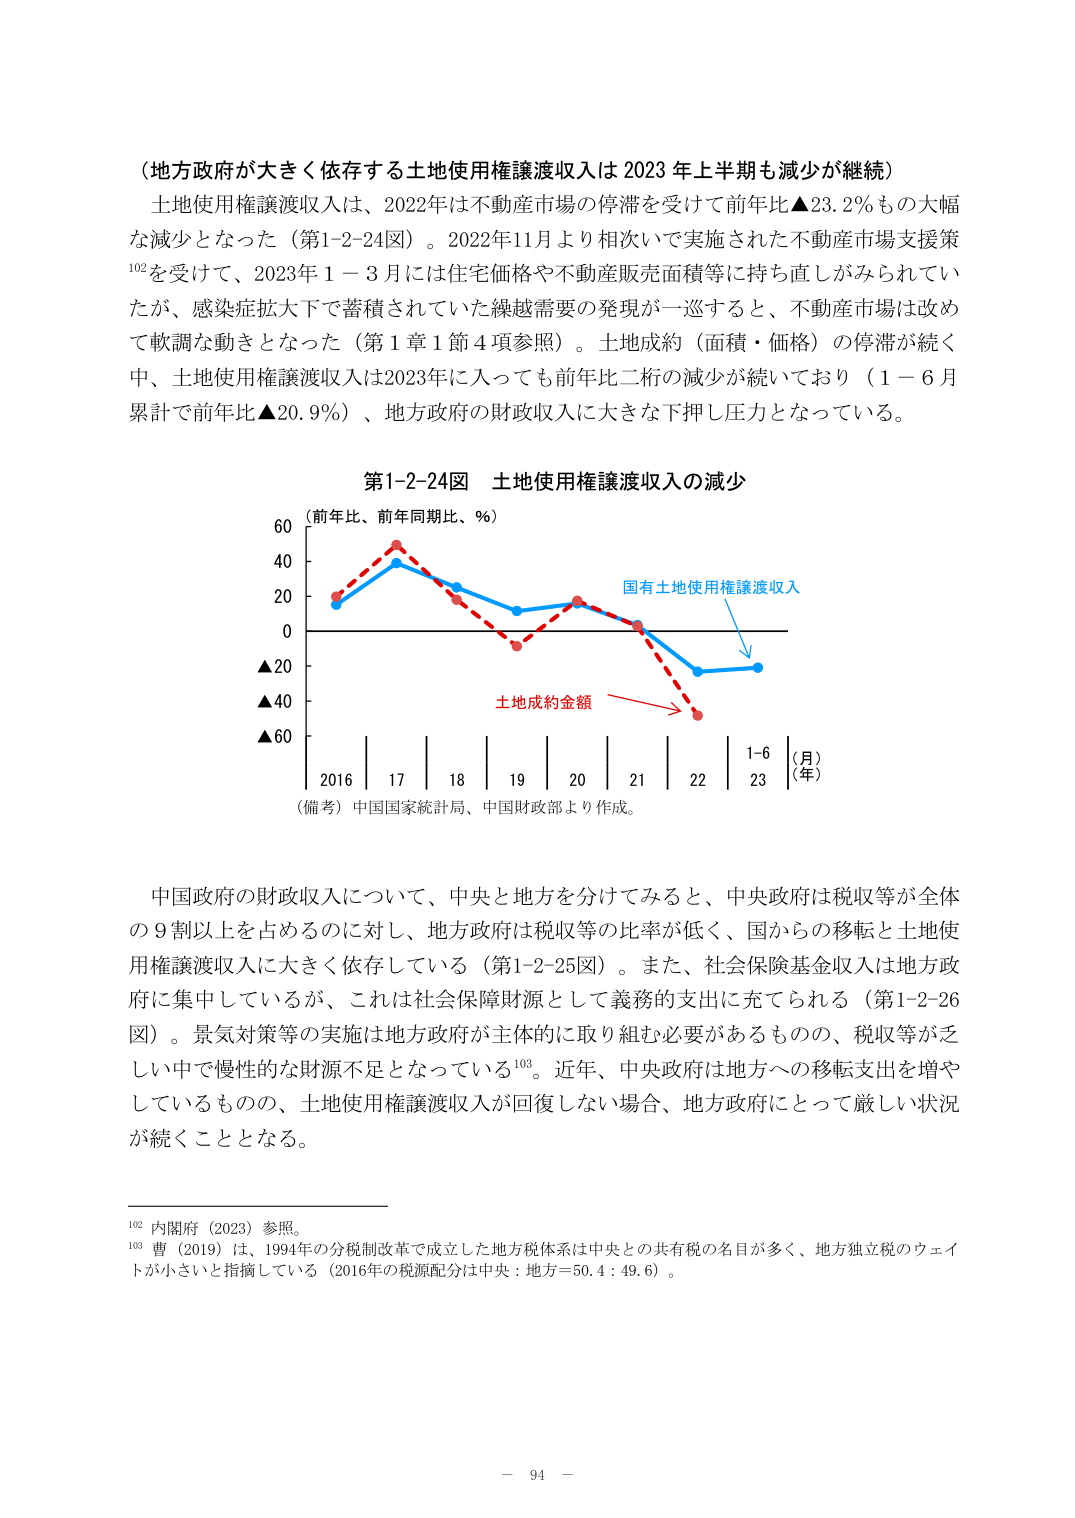
（地方政府が大きく依存する土地使用権譲渡収入は2023年上半年も減少が継続）

土地使用権譲渡収入は、2022年は不動産市場の停滞を受けて前年比▲23.2％もの大幅な減少となった（第1-2-24図）。2022年11月より相次いで実施された不動産市場支援策¹⁰²を受けて、2023年1－3月には住宅価格や不動産販売面積等に持ち直しがみられていたが、感染症拡大下で蓄積されていた繰越需要の発現が一巡すると、不動産市場は改めて軟調な動きとなった（第1章1節4項参照）。土地成約（面積・価格）の停滞が続く中、土地使用権譲渡収入は2023年に入っても前年比二桁の減少が続いており（1－6月累計で前年比▲20.9％）、地方政府の財政収入に大きな下押し圧力となっている。

第1-2-24図　土地使用権譲渡収入の減少

（前年比、前年同期比、％）

60
40
20
0
▲20
▲40
▲60

2016　17　18　19　20　21　22　1-6（月）
　　　　　　　　　　　　　　　　23（年）

（備考）中国国家統計局、中国財政部より作成。

国有土地使用権譲渡収入
土地成約金額

中国政府の財政収入について、中央と地方を分けてみると、中央政府は税収等が全体の9割以上を占めるのに対し、地方政府は税収等の比率が低く、国からの移転と土地使用権譲渡収入に大きく依存している（第1-2-25図）。また、社会保障基金収入は地方政府に集中しているが、これは社会保障財源として義務的支出に充てられる（第1-2-26図）。景気対策等の実施は地方政府が主体的に取り組む必要があるものの、税収等が乏しい中で慢性的な財源不足となっている¹⁰³。近年、中央政府は地方への移転支出を増やしているものの、土地使用権譲渡収入が回復しない場合、地方政府にとって厳しい状況が続くこととなる。

¹⁰² 内閣府（2023）参照。
¹⁰³ 曹（2019）は、1994年の分税制改革で成立した地方税体系は中央との共有税の名目が多く、地方独立税のウェイトが小さいと指摘している（2016年の税源配分は中央：地方＝50.4：49.6）。

－ 94 －